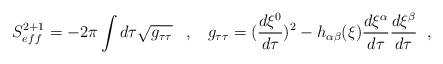
LaTeX: \begin{align*} S_{eff}^{2+1}=-2\pi \int d\tau \sqrt{ g_{\tau\tau} } \;\;\;,\;\;\; g_{\tau\tau}=(\frac{d\xi^{0}}{d\tau})^{2} -h_{\alpha\beta}(\xi) \frac{d\xi^{\alpha}}{d\tau} \frac{d\xi^{\beta}}{d\tau} \;\;,\end{align*}